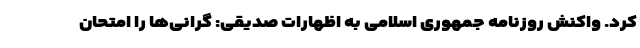
کرد. واکنش روزنامه جمهوری اسلامی به اظهارات صدیقی: گرانی‌ها را امتحان